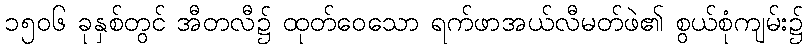
၁၅၀၆ ခုနှစ်တွင် အီတလီ၌ ထုတ်ဝေသော ရက်ဖာအယ်လီမတ်ဖဲ၏ စွယ်စုံကျမ်း၌